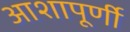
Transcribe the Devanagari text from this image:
आशापूर्णी